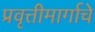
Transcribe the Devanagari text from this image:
प्रवृत्तीमार्गाचे